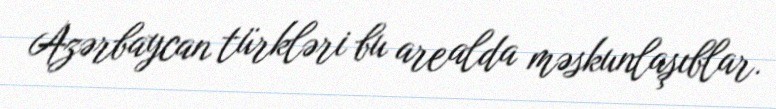
Azərbaycan türkləri bu arealda məskunlaşıblar.